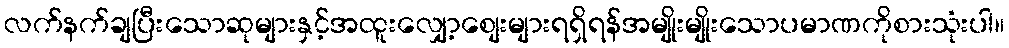
လက်နက်ချပြီးသောဆုများနှင့်အထူးလျှော့စျေးများရရှိရန်အမျိုးမျိုးသောပမာဏကိုစားသုံးပါ။